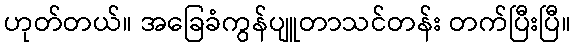
ဟုတ်တယ်။ အခြေခံကွန်ပျူတာသင်တန်း တက်ပြီးပြီ။